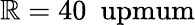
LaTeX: \mathbb{R}=40\ \mathrm{{\ upmum}}